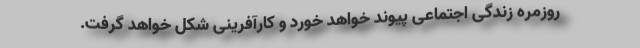
روزمره زندگی اجتماعی پیوند خواهد خورد و کارآفرینی شکل خواهد گرفت.